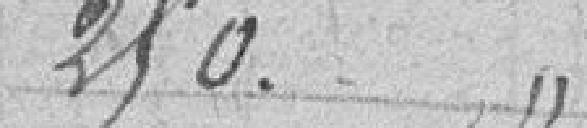
250. "